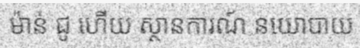
ម៉ាន់ ជូ ហើយ ស្ថានការណ៍ នយោបាយ